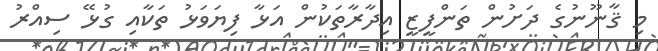
މި ޤާނޫނުގެ ދަށުން ތަންފީޒީ އިދާރާތަކުން އަޅާ ފިޔަވަޅު ތަކާއި ގުޅޭ ސިއްރު